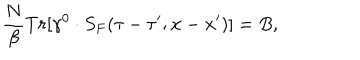
\frac { N } { \beta } T r [ \gamma ^ { 0 } \cdot S _ { F } ( \tau - \tau ^ { \prime } ; { \bf x } - { \bf x } ^ { \prime } ) ] = B ,